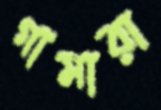
গামারা